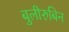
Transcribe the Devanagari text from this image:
बुलीरुबिन